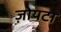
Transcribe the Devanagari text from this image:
ज़ोयटा